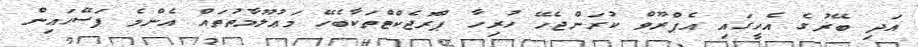
އަދި ބޭރުގެ އެހީގައި އެޕްރޫވް ކުރަންޖެހޭ ހުރިހާ ޕްރޮޖެކްޓްތަކާބެހޭ މަޢުލޫމާތުތައް އެންމެ ފަސޭހައިން